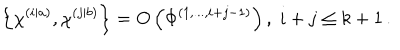
\left\{ \chi ^ { \left( i | a \right) } , \chi ^ { \left( j | b \right) } \right\} = O \left( \Phi ^ { \left( 1 , . . . , i + j - 1 \right) } \right) , \; i + j \leq k + 1 \, .